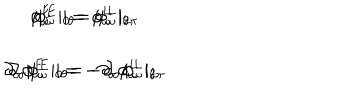
\begin{array} { c c } { { \phi _ { \omega } ^ { E } \mid _ { 0 } = \phi _ { \omega } ^ { L } \mid _ { 2 \pi } \hspace { 1 0 m m } \phi _ { \omega } ^ { E } \mid _ { \theta } = \phi _ { \omega } ^ { L } \mid _ { \theta } } } \\ { { \partial _ { \sigma } \phi _ { \omega } ^ { E } \mid _ { 0 } = - \partial _ { \sigma } \phi _ { \omega } ^ { L } \mid _ { 2 \pi } \hspace { 1 0 m m } \partial _ { \sigma } \phi _ { \omega } ^ { E } \mid _ { \theta } = - \partial _ { \sigma } \phi _ { \omega } ^ { L } \mid _ { \theta } } } \\ \end{array}